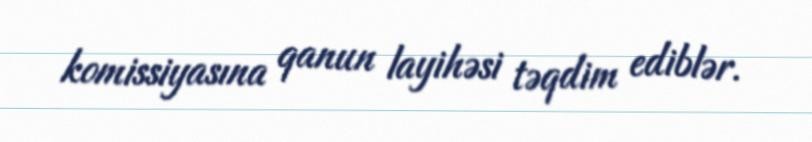
komissiyasına qanun layihəsi təqdim ediblər.